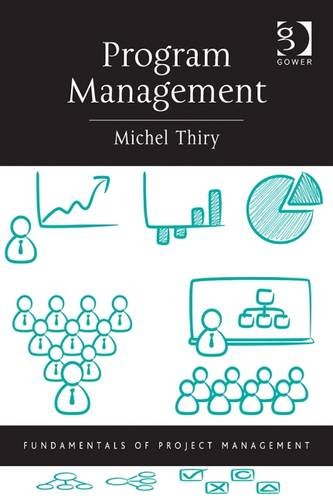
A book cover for Program Management (Fundamentals of Project Management); Michel Thiry; Business & Money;